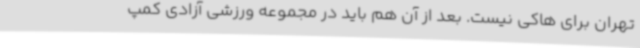
تهران برای هاکی نیست. بعد از آن هم باید در مجموعه ورزشی آزادی کمپ